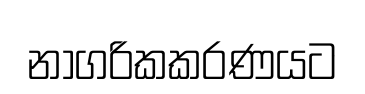
නාගරිකකරණයට